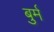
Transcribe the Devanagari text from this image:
बुर्म